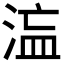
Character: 𭰻